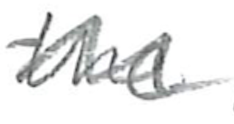
Text: the
Cross-out: mix
Writing tool: pencil